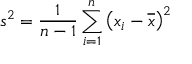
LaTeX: s ^ { 2 } = { \frac { 1 } { n - 1 } } \sum _ { i = 1 } ^ { n } \left( x _ { i } - { \overline { { x } } } \right) ^ { 2 }